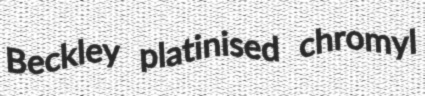
Beckley platinised chromyl